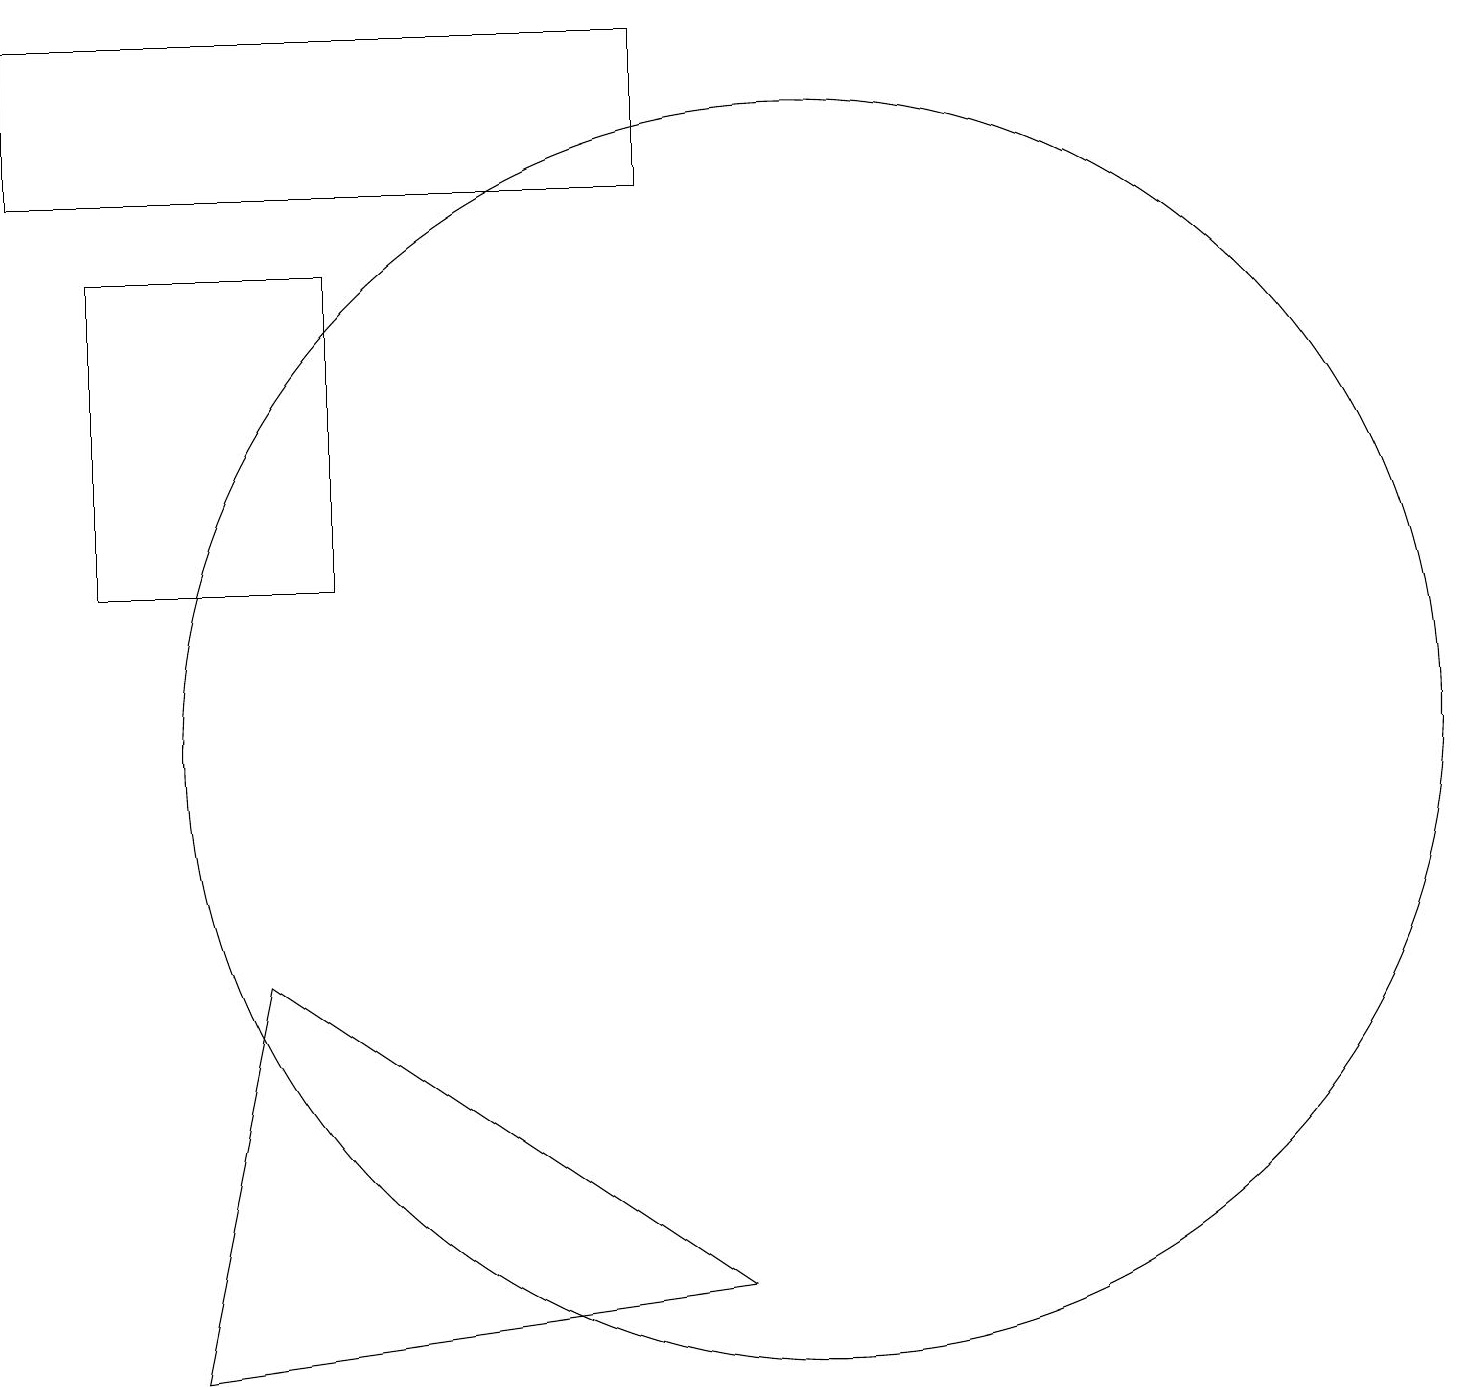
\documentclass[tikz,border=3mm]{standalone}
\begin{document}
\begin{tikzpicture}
\draw (8,19) rectangle (0,17);
\draw (4,12) rectangle (1,16);
\draw (3,7) -- (2,2) -- (9,3) -- cycle;
\draw (10,10) circle (8);
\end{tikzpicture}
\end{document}